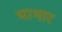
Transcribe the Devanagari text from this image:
चाभार